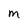
Character: m